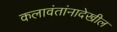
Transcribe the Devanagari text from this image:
कलावंतांनादेखील